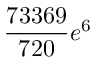
\frac { 7 3 3 6 9 } { 7 2 0 } e ^ { 6 }